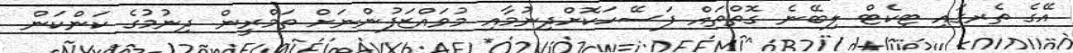
އޭގެ ތެރގައި ޓިކެޓް ލިބޭނެ ގޮތްތައް ފަސޭހަކޮށްދިނުމާއި މުވައްޒަފުންނަށް ތަމްރީން ދިނުމުގެ ކަންކަން